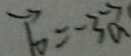
\overrightarrow { b } = - 3 \overrightarrow { a }